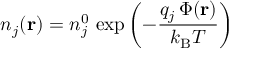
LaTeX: n _ { j } ( \mathbf { r } ) = n _ { j } ^ { 0 } \, \exp \left( - { \frac { q _ { j } \, \Phi ( \mathbf { r } ) } { k _ { \mathrm { { B } } } T } } \right)